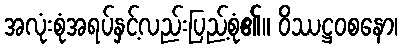
အလုံးစုံအရပ်နှင့်လည်းပြည့်စုံ၏။ ဝိဿဋ္ဌဝစနော၊